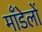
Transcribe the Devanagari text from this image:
माँडेलों